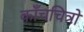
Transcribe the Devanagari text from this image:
काँचचित्रों